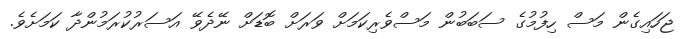
ޖަހައިގެން މަސް ހިފުމުގެ ސަބަބުން މަސްވެރިކަމަށް ވަރަށް ބޮޑަށް ނޭދެވޭ އަސަރުކުރަމުންދާ ކަމަށެވެ.